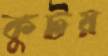
কুটয়